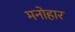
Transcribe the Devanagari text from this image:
मनोहार